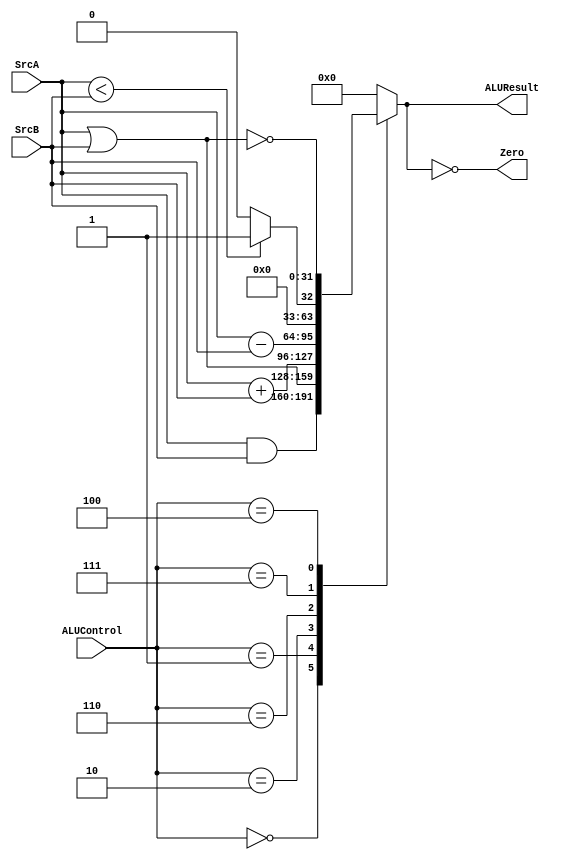
module ALU(
    input [31:0] SrcA, SrcB,
    input [2:0] ALUControl,
    output reg [31:0] ALUResult,
    output Zero
);

always @(*) begin
    case (ALUControl)
        3'b000: ALUResult = SrcA & SrcB;   // AND
        3'b001: ALUResult = SrcA | SrcB;   // OR
        3'b010: ALUResult = SrcA + SrcB;   // Adio
        3'b110: ALUResult = SrcA - SrcB;   // Subtrao
        3'b111: ALUResult = (SrcA < SrcB) ? 32'b1 : 32'b0; // Set on Less Than (SLT)
        3'b100: ALUResult = ~(SrcA | SrcB); // NOR
        default: ALUResult = 32'b0;   // Default para evitar latch
    endcase
end

assign Zero = (ALUResult == 0);

endmodule